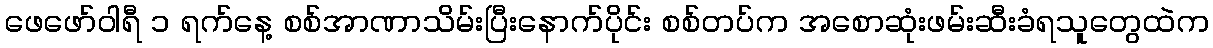
ဖေဖော်ဝါရီ ၁ ရက်နေ့ စစ်အာဏာသိမ်းပြီးနောက်ပိုင်း စစ်တပ်က အစောဆုံးဖမ်းဆီးခံရသူတွေထဲက